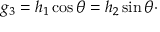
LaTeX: g _ { 3 } = h _ { 1 } \cos \theta = h _ { 2 } \sin \theta \cdot